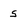
Character: s